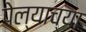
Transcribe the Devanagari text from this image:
पेल्याच्या